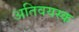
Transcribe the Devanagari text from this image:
अतिवयस्क